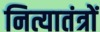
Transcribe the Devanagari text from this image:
नित्यातंत्रों